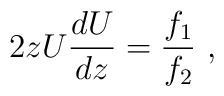
2zU{dU\over dz}={f_1\over f_2 }~,